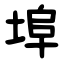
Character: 埠